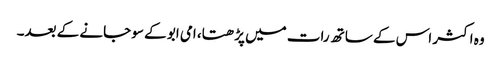
وہ اکثر اس کے ساتھ رات میں پڑھتا، امی ابو کے سو جانے کے بعد۔